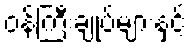
ဝန်ကြီးချုပ်များနှင့်